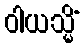
ဝါယသ္မိံ